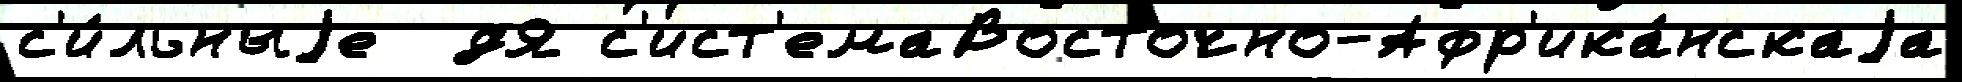
с'и́льныjе  дЯ с'ист'емаВосточно-Афр'ика́нскаjа